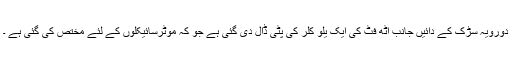
دورویہ سڑک کے دائیں جانب آٹھ فٹ کی ایک یلو کلر کی پٹی ڈال دی گئی ہے جو کہ موٹرسائیکلوں کے لئے مختص کی گئی ہے ۔